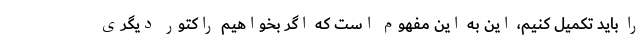
را باید تکمیل کنیم، این به این مفهوم است که اگر بخواهیم راکتور دیگری